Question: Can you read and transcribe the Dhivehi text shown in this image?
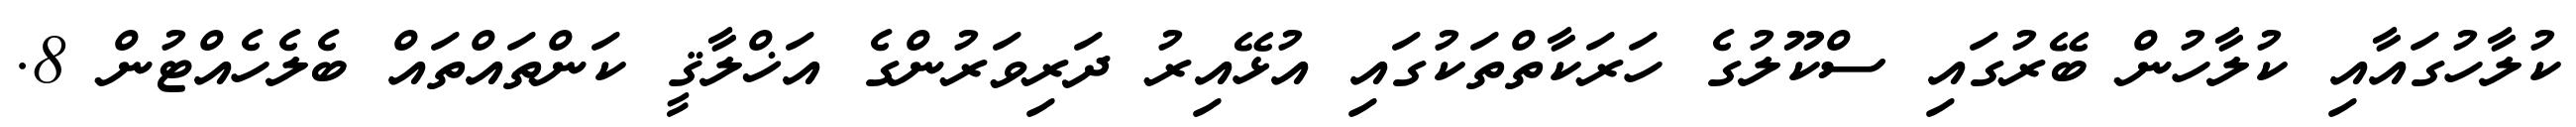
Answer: ކުލާހުގައާއި ކުލާހުން ބޭރުގައި ސްކޫލުގެ ހަރަކާތްތަކުގައި އުޅޭއިރު ދަރިވަރުންގެ އަޚްލާޤީ ކަންތައްތައް ބެލެހެއްޓުން 8.